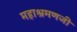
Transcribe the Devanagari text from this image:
महाश्रमणजी